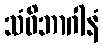
သံဝိဘာဂါနံ